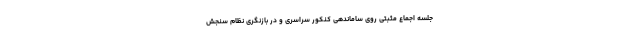
جلسه اجماع مثبتی روی ساماندهی کنکور سراسری و در بازنگری نظام سنجش